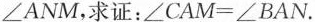
∠ A N M$$，求证：$$∠ C A M = ∠ B A N$$.